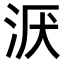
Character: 𣴇